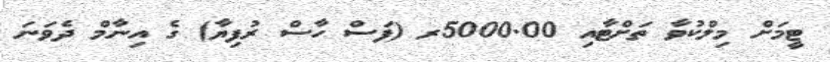
ޓީމަށް މިލްކުވާ ތަށްޓާއި 5000.00ރ (ފަސް ހާސް ރުފިޔާ) ގެ އިނާމް ދެވަނަ